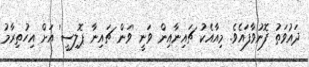
ދައުވަތު ފޮނުވާފައެވެ. މިއާއެކު ޗައިނާއިން ވަނީ 'ވަން ޗައިނާ ޕޮލިސީ' އަށް އިހުތިރާމު